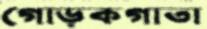
গোড়কগাতা